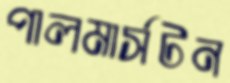
পালমার্সটন